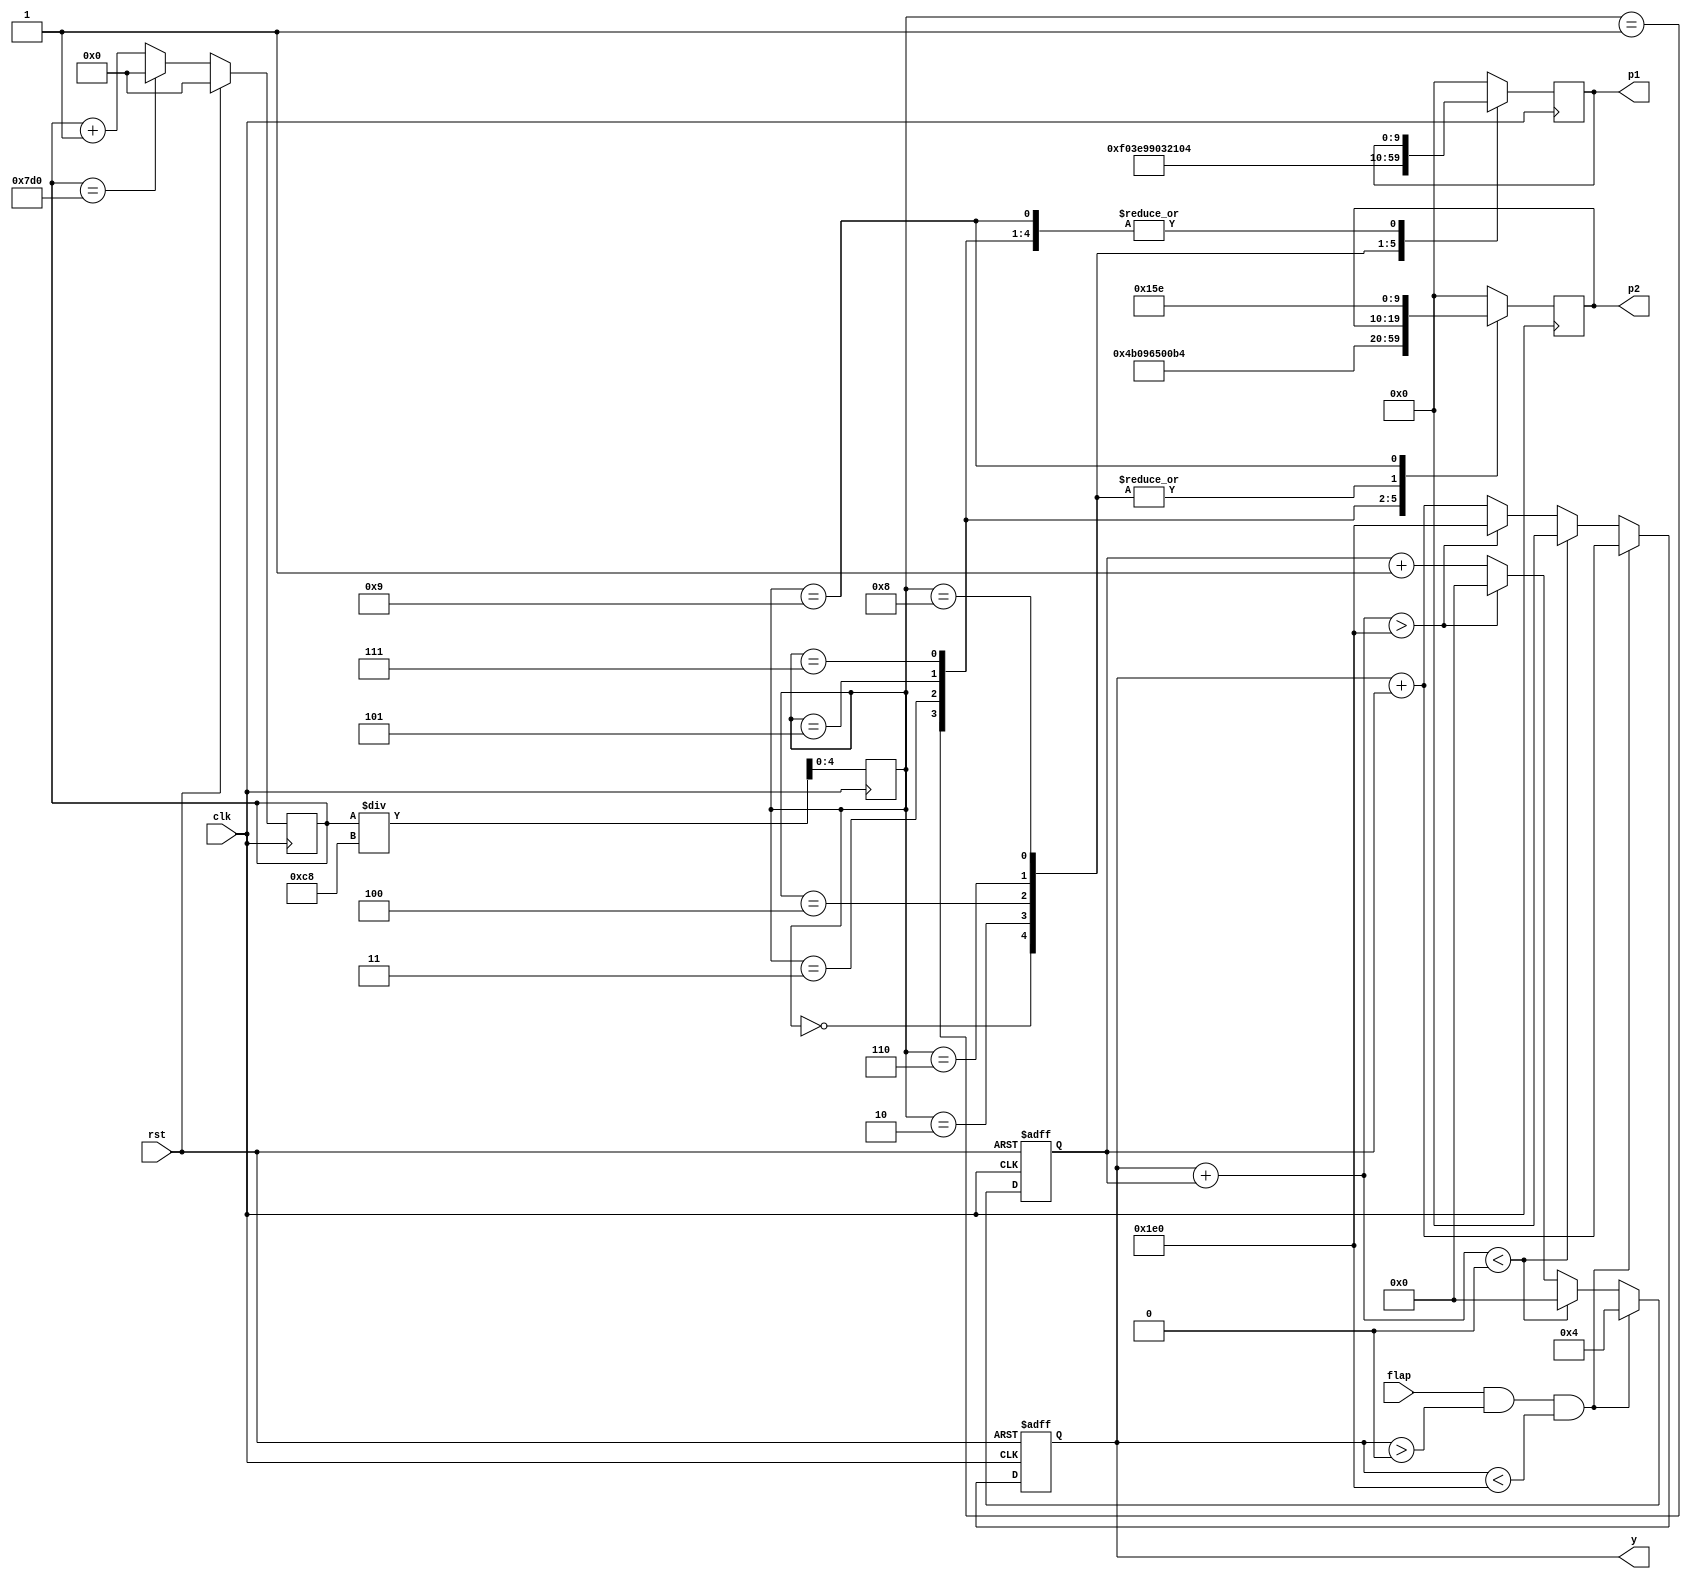
module game (
    input clk,                   // Clock input
    input rst,                   // Reset input (not present in your original design - consider adding)
  	input flap,
    output reg signed [9:0] y,    // 9-bit y coordinate output
    output reg [9:0] p1,
    output reg [9:0] p2
);
  
  
  // Internal Variables
  reg signed [7:0] velocity = 0;
    reg [10:0] count;
    reg [4:0] pillars;

    initial begin
        y <= 240;
        count <= 0;
        pillars <= 0;
        p1 <= 0;
        p2 <= 0;
    end

    // Initialize y coordinate
    always @(posedge clk or posedge rst) begin
      if (rst) begin
        y <= 240; // Reset to initial y position
        velocity <= 0;  // Reset velocity to zero
      end else if (flap && y > 0 && y < 480) begin
        // Flapping gives an upward velocity impulse
        velocity <= 4;
        y <= y + velocity; // Apply the velocity immediately to simulate impulse
      end else begin
        // Gravity continuously affects velocity
          velocity <= velocity + (-1);
        
        // Update position based on velocity, but ensure it stays within bounds
        if (y + velocity < 0) begin
          // If bird hits the ground, stop its movement
          velocity <= 0;
          y <= 0;
        end else if (y + velocity > 480) begin
          // If bird goes above the screen, stop its upward movement
          velocity <= 0;
          y <= 480;
        end else begin
          // Normal case, update bird's y position
          y <= y + velocity;
        end
      end
    end

    always @(posedge clk) begin
        if (rst) begin
            count <= 0;
        end else begin
            if (count == 2000) begin
                count <= 0;
            end else begin
                count <= count + 1;
            end
        end

        pillars <= count/200;    // increases every 4 seconds
        case (pillars)
            0: p1 <= 240;
            1: p2 <= 300;
            2: p1 <= 250;
            3: p2 <= 150;
            4: p1 <= 400;
            5: p2 <= 320;
            6: p1 <= 200;
            7: p2 <= 180;
            8: p1 <= 260;
            9: p2 <= 350;
            default: begin
                p1 <= 0;
                p2 <= 0;
            end
        endcase
    
    end
endmodule